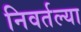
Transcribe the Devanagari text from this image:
निवर्तल्या